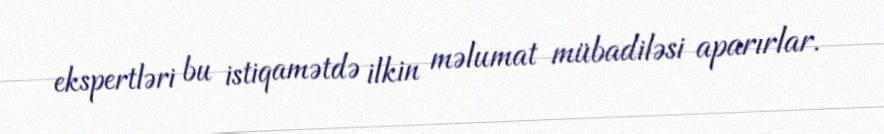
ekspertləri bu istiqamətdə ilkin məlumat mübadiləsi aparırlar.